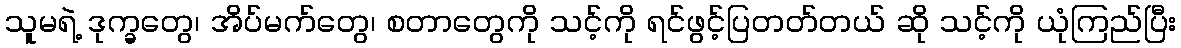
သူမရဲ့ ဒုက္ခတွေ၊ အိပ်မက်တွေ၊ စတာတွေကို သင့်ကို ရင်ဖွင့်ပြတတ်တယ် ဆို သင့်ကို ယုံကြည်ပြီး